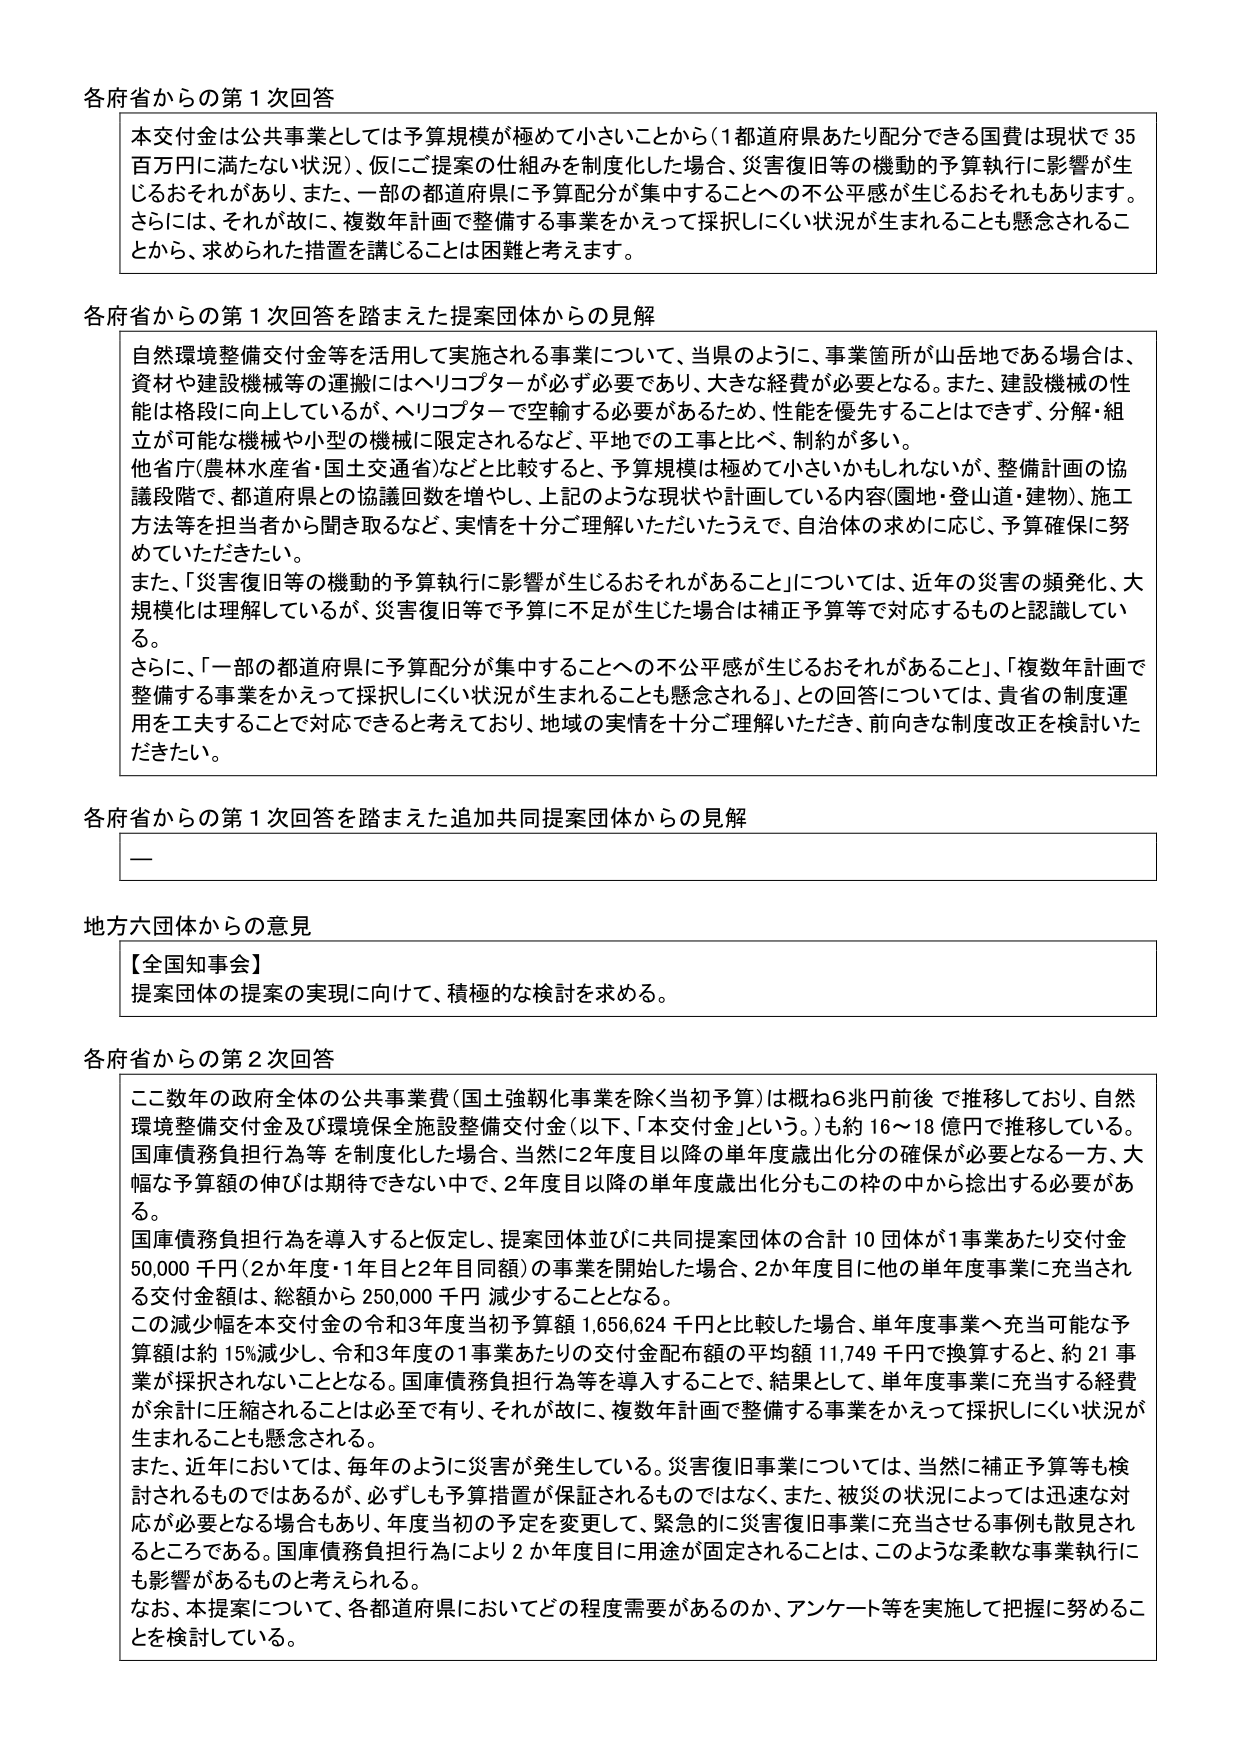
各府省からの第１次回答

本交付金は公共事業としては予算規模が極めて小さいことから（１都道府県あたり分配できる国費は現状で35百万円に満たない状況）、仮にご提案の仕組みを制度化した場合、災害復旧等の機動的予算執行に影響が生じるおそれがあり、また、一部の都道府県に予算配分が集中することへの不公平感が生じるおそれもあります。さらには、それが故に、複数年計画で整備する事業をかえって採択しにくい状況が生まれることも懸念されることから、求められた措置を講じることは困難と考えます。

各府省からの第１次回答を踏まえた提案団体からの見解

自然環境整備交付金等を活用して実施される事業について、当県のように、事業箇所が山岳地である場合は、資材や建設機械等の運搬にはヘリコプターが必ず必要であり、大きな経費が必要となる。また、建設機械の性能は格段に向上しているが、ヘリコプターで空輸する必要があるため、性能を優先することはできず、分解・組立が可能な機械や小型の機械に限定されるなど、平地での工事と比べ、制約が多い。
他省庁（農林水産省・国土交通省）などと比較すると、予算規模は極めて小さいかもしれないが、整備計画の協議段階で、都道府県との協議回数を増やし、上記のような現状や計画している内容（園地・登山道・建物）、施工方法等を担当者から聞き取るなど、実情を十分ご理解いただいたうえで、自治体の求めに応じ、予算確保に努めていただきたい。
また、「災害復旧等の機動的予算執行に影響が生じるおそれがあること」については、近年の災害の頻発化、大規模化は理解しているが、災害復旧等で予算に不足が生じた場合は補正予算等で対応するものと認識している。
さらに、「一部の都道府県に予算配分が集中することへの不公平感が生じるおそれがあること」、「複数年計画で整備する事業をかえって採択しにくい状況が生まれることも懸念される、との回答については、貴省の制度運用を工夫することで対応できると考えており、地域の実情を十分ご理解いただき、前向きな制度改正を検討いただきたい。

各府省からの第１次回答を踏まえた追加共同提案団体からの見解

—

地方六団体からの意見

【全国知事会】
提案団体の提案の実現に向けて、積極的な検討を求める。

各府省からの第２次回答

ここ数年の政府全体の公共事業費（国土強靱化事業を除く当初予算）は概ね6兆円前後で推移しており、自然環境整備交付金及び環境保全施設整備交付金（以下、「本交付金」という。）も約16～18億円で推移している。国庫債務負担行為等を制度化した場合、当然に2年度目以降の単年度歳出化分の確保が必要となる一方、大幅な予算額の伸びは期待できない中で、2年度目以降の単年度歳出化分もこの枠の中から捻出する必要がある。
国庫債務負担行為を導入すると仮定し、提案団体並びに共同提案団体の合計10団体が1事業あたり交付金50,000千円（2か年度・1年目と2年目同額）の事業を開始した場合、2か年度目に他の単年度事業に充当される交付金額は、総額から250,000千円減少することとなる。
この減少幅を本交付金の令和3年度当初予算額1,656,624千円と比較した場合、単年度事業へ充当可能な予算額は約15％減少し、令和3年度の1事業あたりの交付金配布額の平均額11,749千円で換算すると、約21事業が採択されないこととなる。国庫債務負担行為等を導入することで、結果として、単年度事業に充当する経費が余計に圧縮されることは必至であり、それが故に、複数年計画で整備する事業をかえって採択しにくい状況が生まれることも懸念される。
また、近年においては、毎年のように災害が発生している。災害復旧事業については、当然に補正予算等も検討されるものではあるが、必ずしも予算措置が保証されるものではなく、また、被災の状況によっては迅速な対応が必要となる場合もあり、年度当初の予定を変更して、緊急的に災害復旧事業に充当させる事例も散見されるところである。国庫債務負担行為により2か年度目に用途が固定されることとは、このような柔軟な事業執行にも影響があるものと考えられる。
なお、本提案について、各都道府県においてどの程度需要があるのか、アンケート等を実施して把握に努めるこ とを検討している。